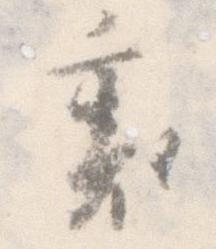
裏